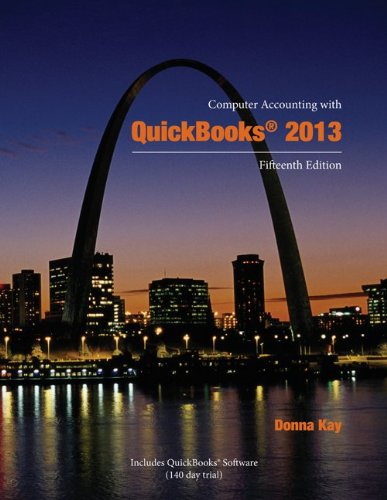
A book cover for Computer Accounting with QuickBooks 2013; Donna Kay; Computers & Technology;